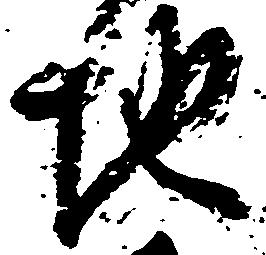
地